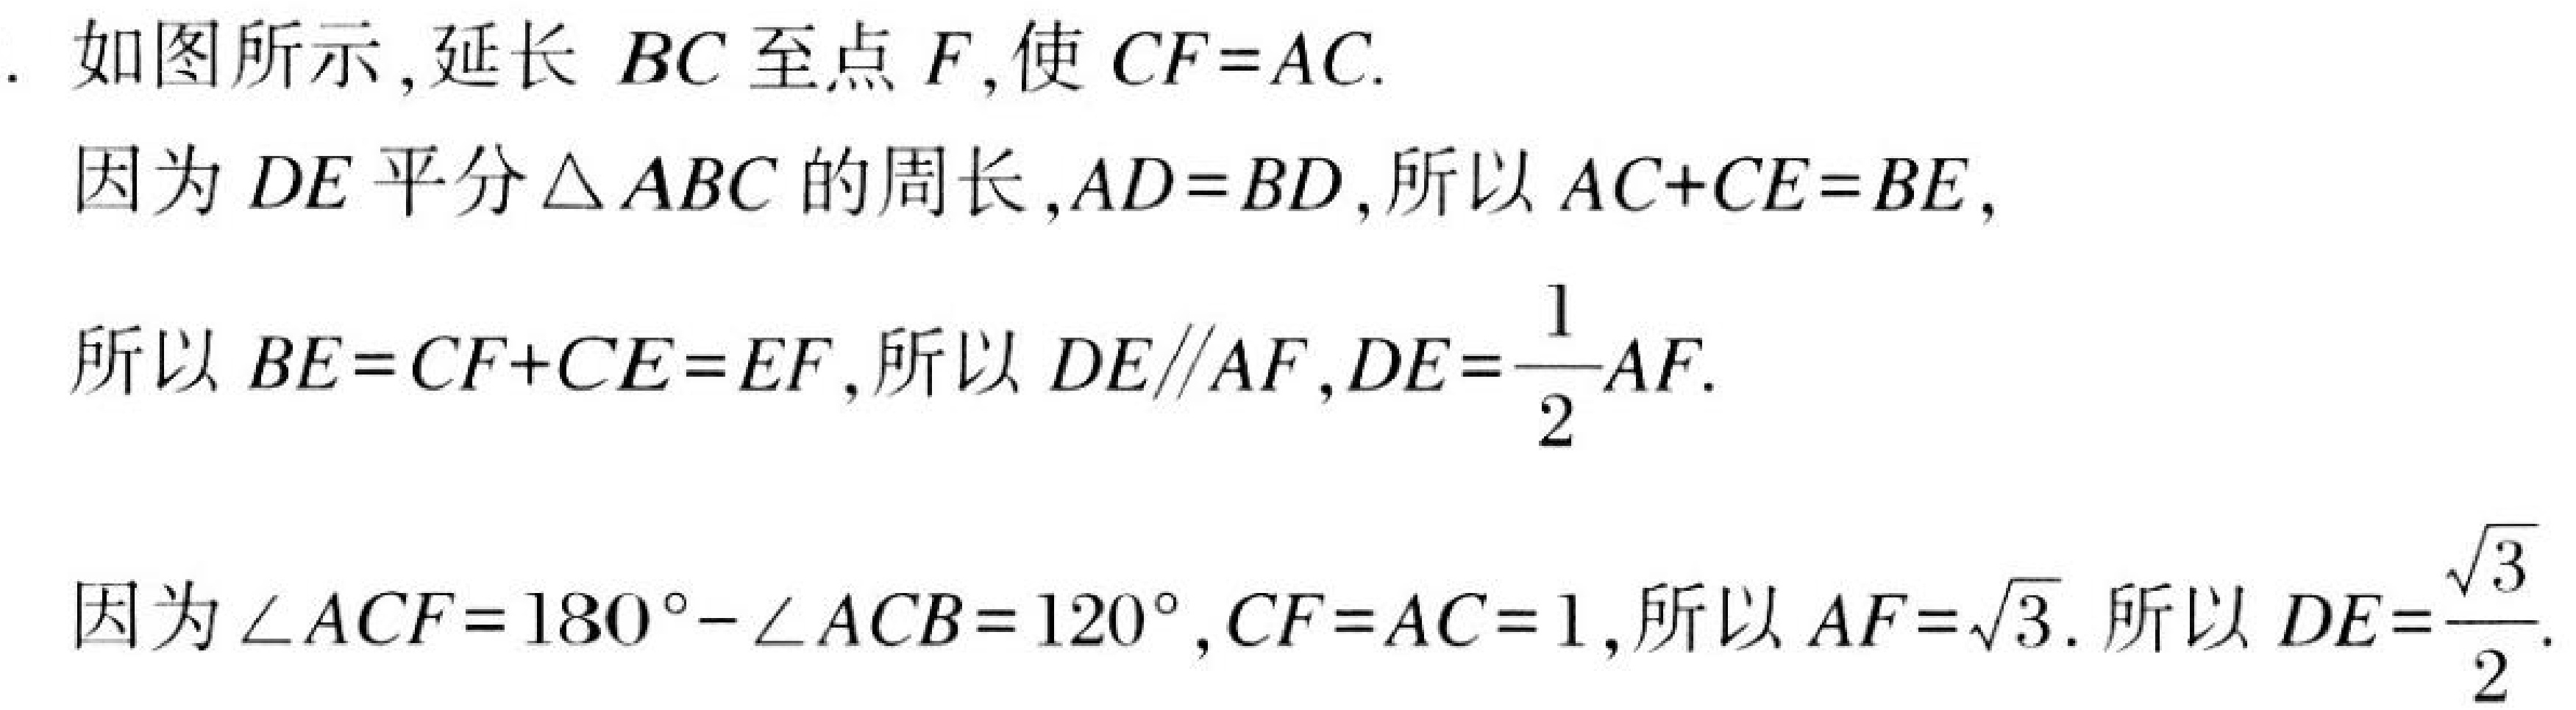
. 如图所示,延长 \(BC\) 至点 \(F\),使 \(CF = AC\).
因为 \(DE\) 平分\(\triangle ABC\) 的周长,\(AD = BD\),所以 \(AC + CE = BE\),
所以 \(BE = CF + CE = EF\),所以 \(DE\parallel AF\),\(DE=\dfrac{1}{2}AF\).
因为 \(\angle ACF = 180^{\circ}-\angle ACB = 120^{\circ}\),\(CF = AC = 1\),所以 \(AF = \sqrt{3}\). 所以 \(DE=\dfrac{\sqrt{3}}{2}\).